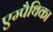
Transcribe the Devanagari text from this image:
एम्पैथिका